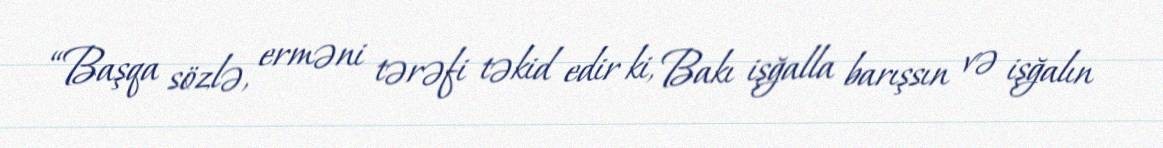
“Başqa sözlə, erməni tərəfi təkid edir ki, Bakı işğalla barışsın və işğalın